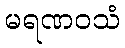
မရဏဝသံ